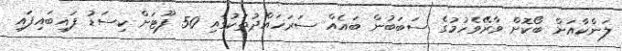
ލަންކާއަށް ބޯކޮށް ވާރޭވެހުމުގެ ސަބަބުން ބައެއް ސަރަހައްދުތަކުގައި 50 ފޫޓަށް ކިސަޑު ފައިބައިފައި